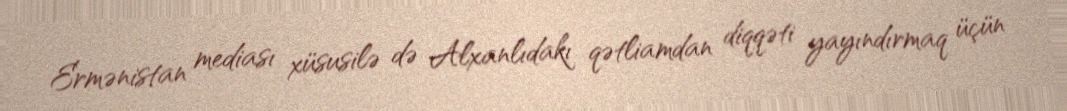
Ermənistan mediası xüsusilə də Alxanlıdakı qətliamdan diqqəti yayındırmaq üçün